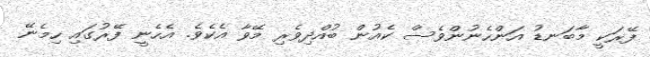
ފޭރަކީ މާބަނޑު އަންހެނުންވެސް ކެއުން ބުއްދިވެރި މޭވާ އެކެވެ. އެހެނީ ފޭރުގައި ހިމެނޭ